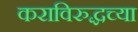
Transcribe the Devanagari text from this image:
कराविरुद्धच्या